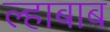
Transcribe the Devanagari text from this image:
ल्हाबाब